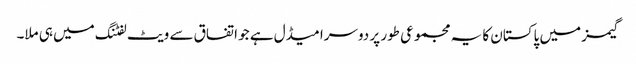
گیمز میں پاکستان کا یہ مجموعی طور پر دوسرا میڈل ہے جو اتفاق سے ویٹ لفٹنگ میں ہی ملا۔